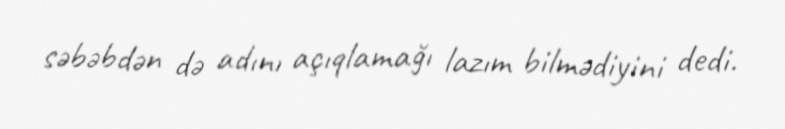
səbəbdən də adını açıqlamağı lazım bilmədiyini dedi.